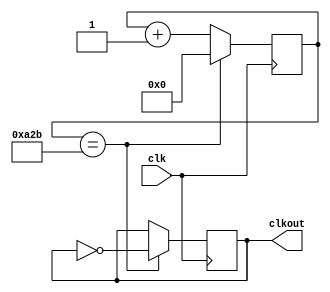
module brcal_fin (clkout,clk);
  input clk;
  output reg clkout = 0;
  reg [11:0] count =0;
  always @ (posedge clk)
  begin
    if 
    (count == 2603)
   begin 
      clkout <= ~clkout;
      count <=0;
    end
    else
      count <= count+1;
    end
endmodule
module uart_final_trans(ack,tout,clk,clt);
  input clk,clt;
  output reg ack=0;
  output reg tout;
  reg [7:0]trout;
  reg [1:0]pstate;
  reg [3:0]cnt = 0;
  reg [3:0]addr=0;
  reg [7:0]mem[0:9];
  parameter ideal=2'b00,active=2'b01,trans=2'b10;
  always @ (posedge clk)
  begin
            mem[0] <= 8'b00000001;
            mem[1] <= 8'b00000011;
            mem[2] <= 8'b00000111;
            mem[3] <= 8'b00001111;
            mem[4] <= 8'b00011111;
            mem[5] <= 8'b00111111;
            mem[6] <= 8'b01111111;
            mem[7] <= 8'b11111111;
            mem[8] <= 8'b10000000;
            mem[9] <= 8'b11000000;
          end
    
  always @ (posedge clk)
  begin
    case (pstate)
     ideal : 
     begin
       if(clt==0)
         tout<=1;
       else if(clt==1)
          begin
            tout <=1;
            pstate <= active ;
            end
          end
    active : 
           begin
            if (addr>=4 && addr <=9)
              begin
              tout <= 0;
           trout <= mem[addr];
            pstate <= trans;
          end
          
          else if(addr>9)
             begin
             addr <= 0;
             ack <=1;
             pstate <= ideal;
            end
            
        else if(addr<4)
          begin
            addr<=addr+1;
            pstate<=ideal;
          end
          end
          
      trans:
       begin 
           
           if(cnt <=7)
             begin
           tout <= trout[cnt];
           cnt <= cnt +1;
             end
           
           else if(cnt>7)
             begin
             cnt<=0;
           tout <= 1;
           addr <= addr+1;
           pstate <= active;
             end
            
          end
          
        default:pstate <= ideal;
         endcase
end
endmodule
module uart_final_rec(temp,rcout,wr,clk);
  input clk;
  input wr;
  output  reg rcout;
  reg [3:0]cnt =0;
  output reg  [7:0]temp;
  reg [1:0]pstate;
  parameter ideal = 2'b00,receive=2'b01;
  always @ (posedge clk)
  begin
    case(pstate)
      ideal:begin
            if(wr==0)
              pstate <= receive;
            else
              pstate <= ideal;
            end
     receive:begin
             if(cnt<=8)
               begin
              cnt<=cnt+1;
             rcout <= wr;
            temp[cnt-1]<=rcout;
                end
              else
            begin
               cnt<=0;
             if(wr==1)
              begin
               rcout<=1'b1;
               pstate<=ideal;
             end
            end
            end
            default:pstate<=ideal;
          endcase
        end
      endmodule
 module uart_fin(rcout,ack,out,clk,clt);
  input clk,clt;
  output out,ack;
  output [7:0]rcout;
  wire wr1,clkout;
  brcal_fin ss1 (.clkout(clkout),.clk(clk));
  uart_final_trans ss2(.ack(ack),.tout(wr1),.clk(clkout),.clt(clt));
  uart_final_rec ss3 (.temp(rcout),.rcout(out),.wr(wr1),.clk(clkout));
 endmodule